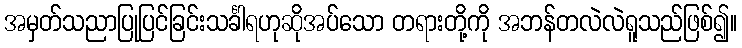
အမှတ်သညာပြုပြင်ခြင်းသင်္ခါရဟုဆိုအပ်သော တရားတို့ကို အဘန်တလဲလဲရူသည်ဖြစ်၍။